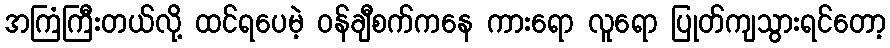
အကြံကြီးတယ်လို့ ထင်ရပေမဲ့ ၀န်ချီစက်ကနေ ကားရော လူရော ပြုတ်ကျသွားရင်တော့